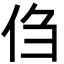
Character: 㑇